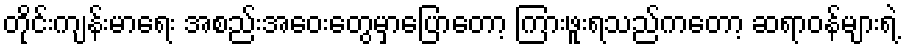
တိုင်းကျန်းမာရေး အစည်းအဝေးတွေမှာပြောတော့ ကြားဖူးရသည်ကတော့ ဆရာဝန်များရဲ့